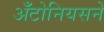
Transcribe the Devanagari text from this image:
अँटोनियसने